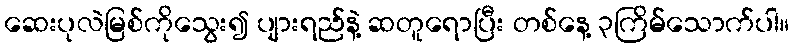
ဆေးပုလဲမြစ်ကိုသွေး၍ ပျားရည်နဲ့ ဆတူရောပြီး တစ်နေ့ ၃ကြိမ်သောက်ပါ။